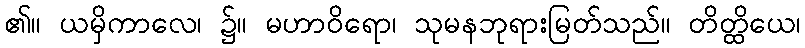
၏။ ယမှိကာလေ၊ ၌။ မဟာဝိရော၊ သုမနဘုရားမြတ်သည်။ တိတ္ထိယေ၊